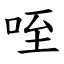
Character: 咥